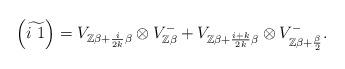
LaTeX: \begin{align*}\left(\widetilde{i\ 1}\right)=V_{\mathbb{Z}\beta+\frac{i}{2k}\beta}\otimes V_{\mathbb{Z}\beta}^{-}+V_{\mathbb{Z}\beta+\frac{i+k}{2k}\beta}\otimes V_{\mathbb{Z}\beta+\frac{\beta}{2}}^{-}.\end{align*}